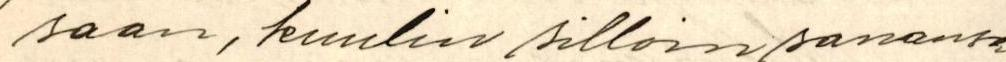
saan, kuulin silloin sanansa